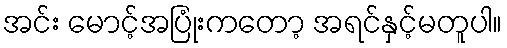
အင်း မောင့်အပြုံးကတော့ အရင်နှင့်မတူပါ။